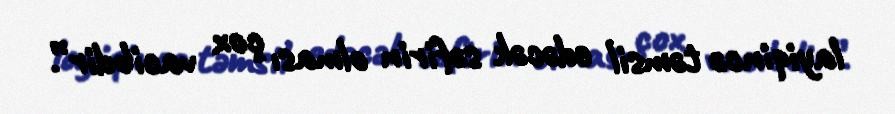
layiqincə təmsil edəcək səfirin olması çox vacibdir”.